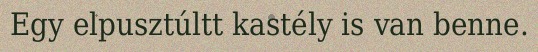
Egy elpusztúltt kastély is van benne.